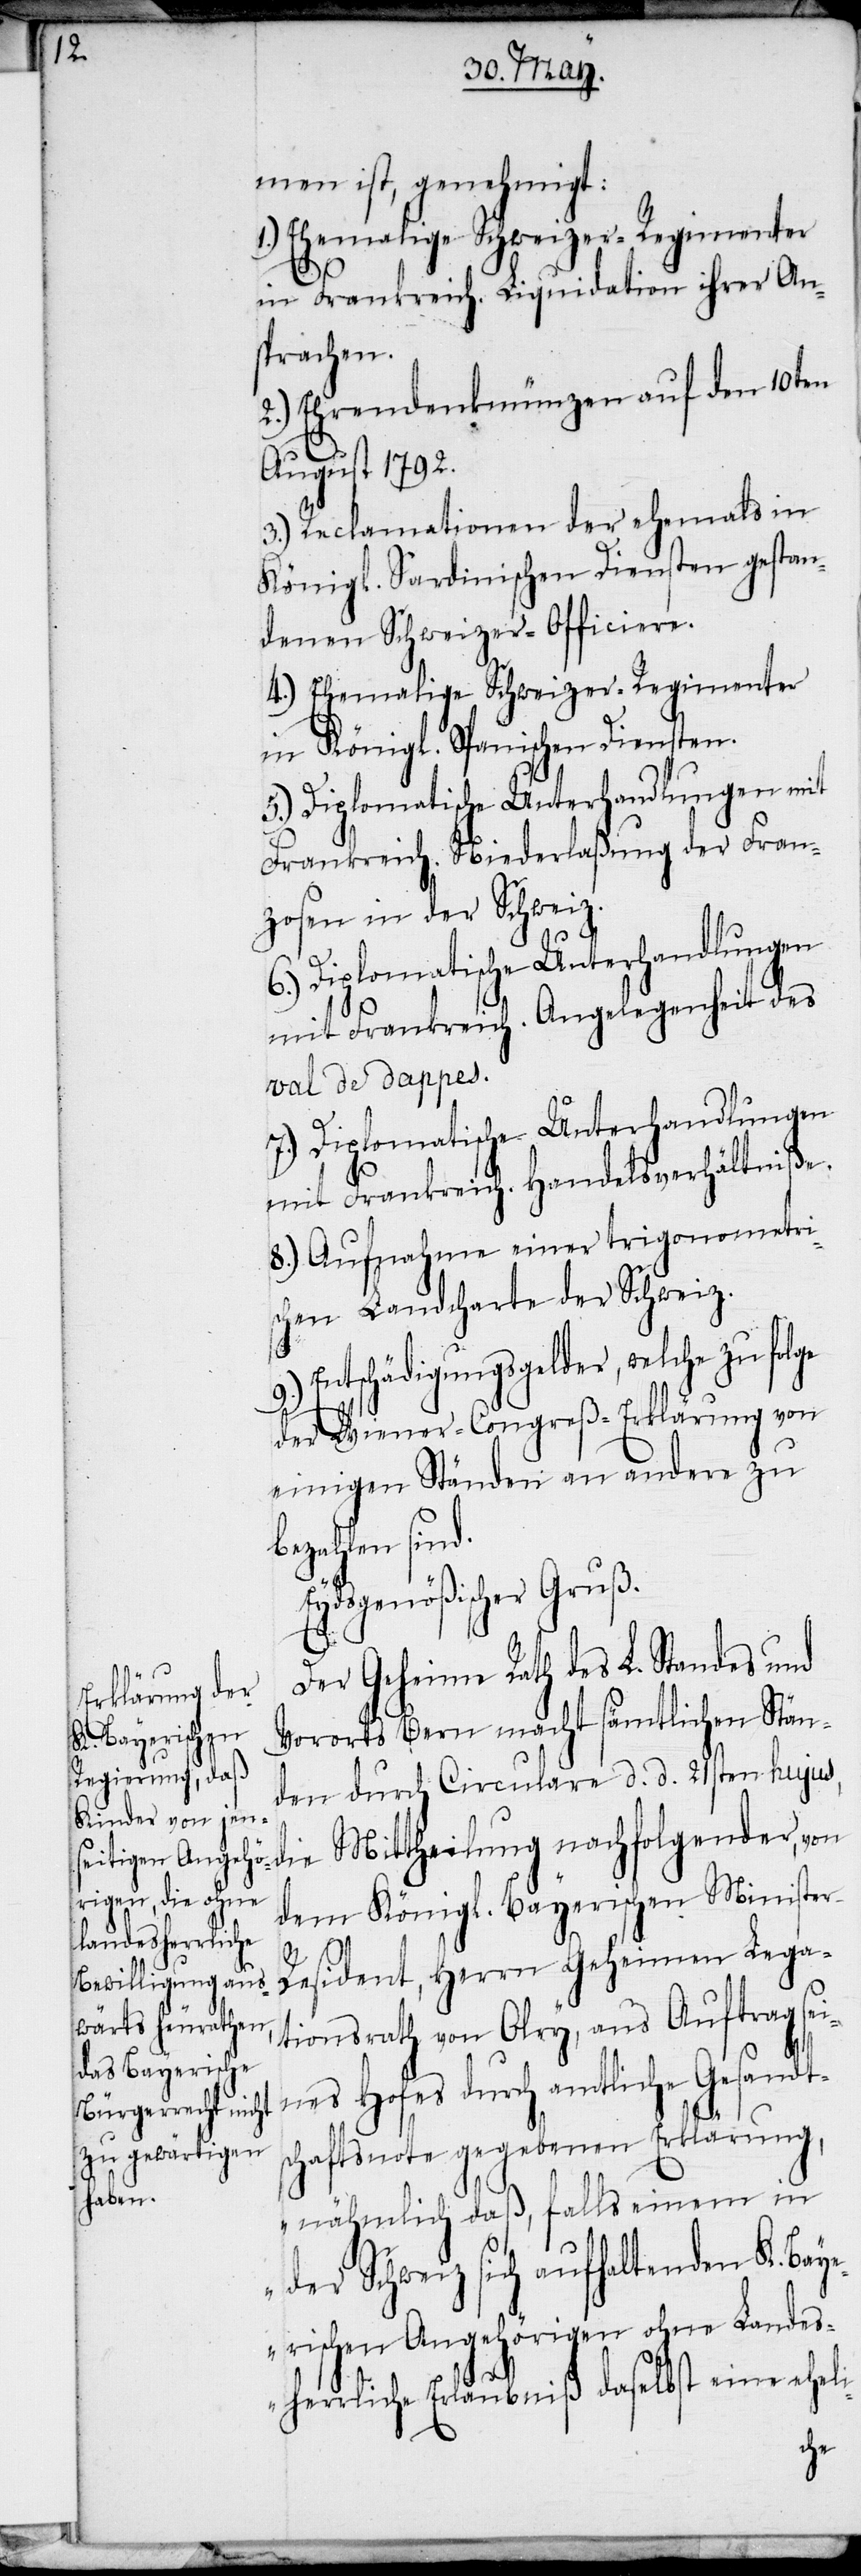
men ist, genehmigt:
in Frankreich. Liquidation ihrer An¬
sprachen.
2.) Ehrendenkmünzen auf den 10ten
August 1792.
3.) Reclamationen der ehemals in
Königl. Sardinischen Diensten gestan¬
denen Schweizer-Officiere.
4.) Ehemalige Schweizer-Regimenter
in Königl. Spanischen Diensten.
5.) Diplomatische Unterhandlungen mit
Frankreich. Niederlaßung der Fran¬
zosen in der Schweiz.
6.) Diplomatische Unterhandlungen
mit Frankreich. Angelegenheit des
val de dappes.
7.) Diplomatische Unterhandlungen
mit Frankreich. Handelsverhältniße.
8.) Aufnahme einer trigonometri¬
schen Landcharte der Schweiz.
Entschädigungsgelder, welche zufolge
r-R¬
der Wiener-Congreß-Erklärung von
einigen Ständen an andere zu
bezahlen sind.
Eydsgenößischer Gruß.
Der Geheime Rath des L. Standes und
Vororts Bern macht sämtlichen Stän¬
den durch Circulare d. d. 21sten hujus,
dem Königl. Bayerischen Ministe¬
esident, Herrn Geheimen Lega¬
tionsrath von Olry, aus Auftrag sei¬
nes Hofes durch amtliche Gesandt¬
schaftsnote gegebenen Erklärung,
„nähmlich daß, falls einem in
der Schweiz sich aufhaltenden K. Bay¬
erischen Angehörigen ohne Landes¬
herrliche Erlaubniß daselbst eine eheli-
die